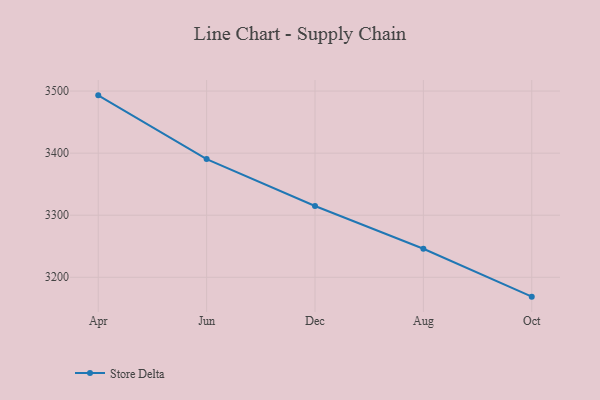
{"axis": {"x": "Month", "y": "Revenue (USD Million)"}, "legend": ["Store Delta"], "data": [{"x": "Apr", "y": 3493.1, "type": "Store Delta"}, {"x": "Jun", "y": 3390.4, "type": "Store Delta"}, {"x": "Dec", "y": 3314.8, "type": "Store Delta"}, {"x": "Aug", "y": 3245.9, "type": "Store Delta"}, {"x": "Oct", "y": 3168.8, "type": "Store Delta"}]}